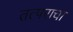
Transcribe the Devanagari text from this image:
तत्पराचा